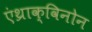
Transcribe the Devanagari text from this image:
एंथ्राक्विनोन